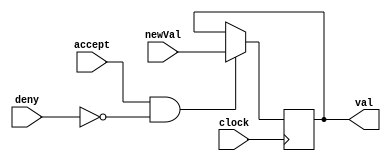
module zero ( // Registrador zero de sada
    input newVal,
    input accept,
    input deny,
    output reg val,
    input clock
);

always @(negedge clock)
    begin
        if (accept == 1'b1 & deny == 1'b0)
            val <= newVal;
        else
            val <= val;
    end
endmodule